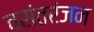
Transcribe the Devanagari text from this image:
वसंतरंजन